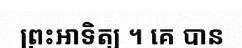
ព្រះអាទិត្យ ។ គេ បាន